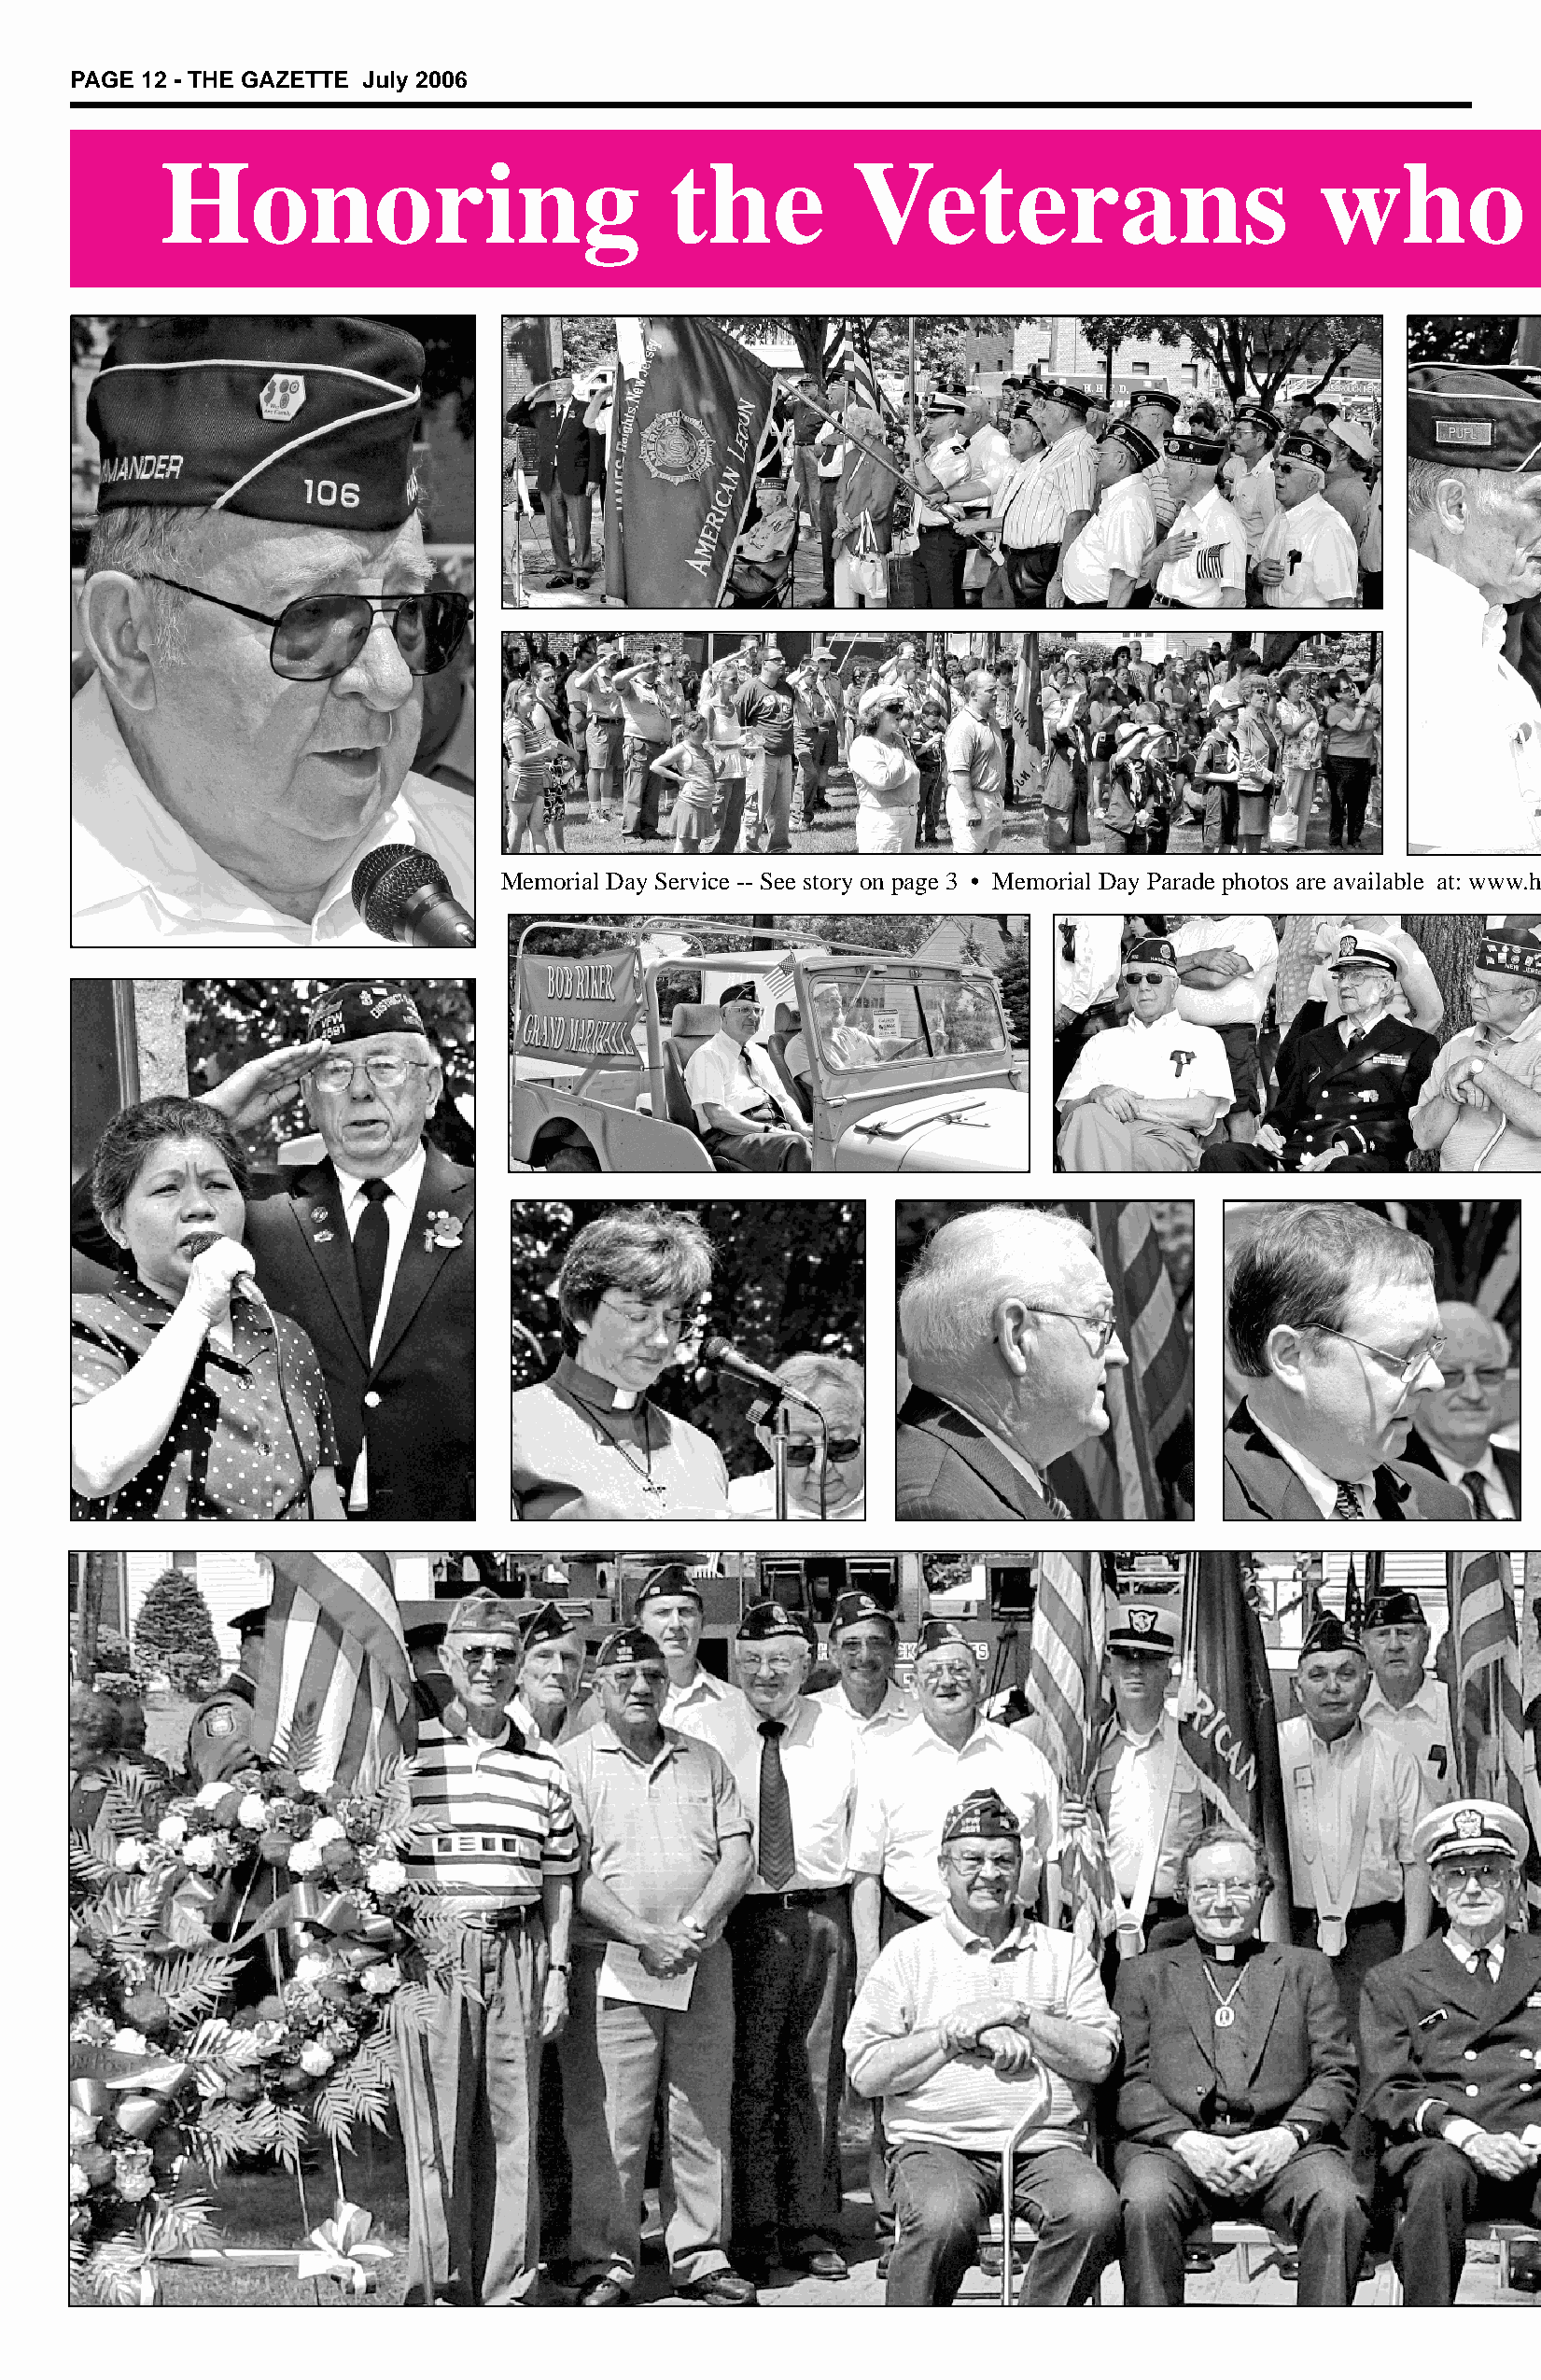
PAGE 12 - THE GAZETTE July 2006
 Honoring                            the          Veterans                         who
 Memorial Day Service -- See story on page 3 • Memorial Day Parade photos are available at: www.h